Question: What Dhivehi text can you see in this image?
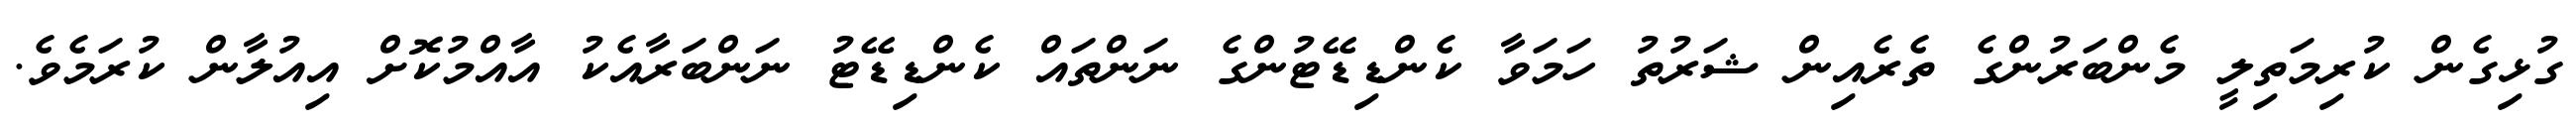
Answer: ގުޅިގެން ކުރިމަތިލީ މެންބަރުންގެ ތެރެއިން ޝަރުތު ހަމަވާ ކެންޑިޑޭޓުންގެ ނަންތައް ކެންޑިޑޭޓު ނަންބަރާއެކު އާއްމުކޮށް އިއުލާން ކުރަމެވެ.